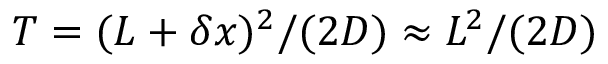
T = ( L + \delta x ) ^ { 2 } / ( 2 D ) \approx L ^ { 2 } / ( 2 D )